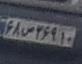
۶۸ص۲۶۹۱۰